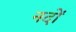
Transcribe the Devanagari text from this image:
नदों